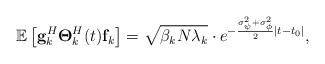
LaTeX: \begin{align*} \mathbb{E}\left[{\bf g}^H_k \boldsymbol{\Theta}^H_k(t) {\bf f}_k\right]=\sqrt{\beta_k N \lambda_k} \cdot e^{-\frac{\sigma^2_\psi+\sigma^2_\phi}{2}|t-t_0|},\end{align*}